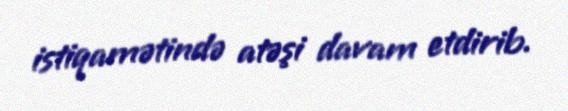
istiqamətində atəşi davam etdirib.